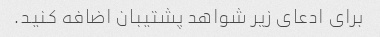
برای ادعای زیر شواهد پشتیبان اضافه کنید.